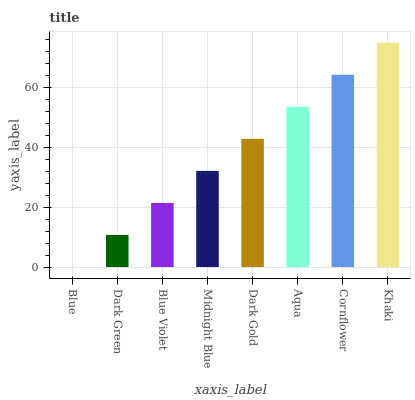
| xaxis_label | bars |
 | --- | --- |
 | Blue | 0 |
 | Dark Green | 10.7 |
 | Blue Violet | 21.4 |
 | Midnight Blue | 32.2 |
 | Dark Gold | 42.9 |
 | Aqua | 53.6 |
 | Cornflower | 64.3 |
 | Khaki | 75.1 |